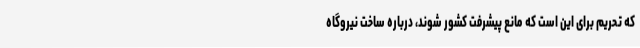
که تحریم برای این است که مانع پیشرفت کشور شوند، درباره ساخت نیروگاه